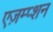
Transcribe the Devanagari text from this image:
एज़म्प्शन